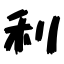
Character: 利